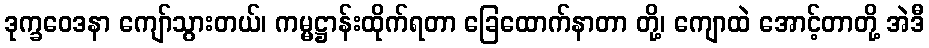
ဒုက္ခဝေဒနာ ကျော်သွားတယ်၊ ကမ္မဋ္ဌာန်းထိုက်ရတာ ခြေထောက်နာတာ တို့၊ ကျောထဲ အောင့်တာတို့ အဲဒီ